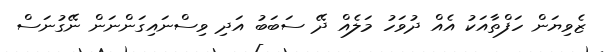
ޒެވިޔަން ހަފްތާއަކު އެއް ދުވަހު މަލެއް ދޭ ސަބަބު އަދި ވިސްނައިގަންނަން ނޭގުނަސް